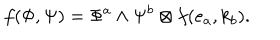
f ( \Phi , \Psi ) = \Phi ^ { a } \wedge \Psi ^ { b } \otimes f ( e _ { a } , k _ { b } ) .